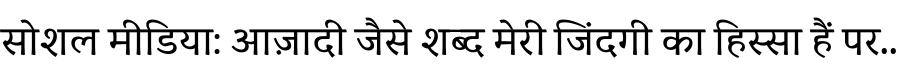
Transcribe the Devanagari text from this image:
सोशल मीडिया: आज़ादी जैसे शब्द मेरी जिंदगी का हिस्सा हैं पर..